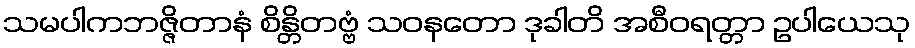
သမပါကဘဇ္ဇိတာနံ စိန္တိတဗ္ဗံ သဝနတော ဒုခါတိ အစီဝရတ္တာ ဥပါယေသု